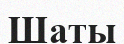
Шаты